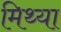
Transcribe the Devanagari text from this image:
मिथ्‍या